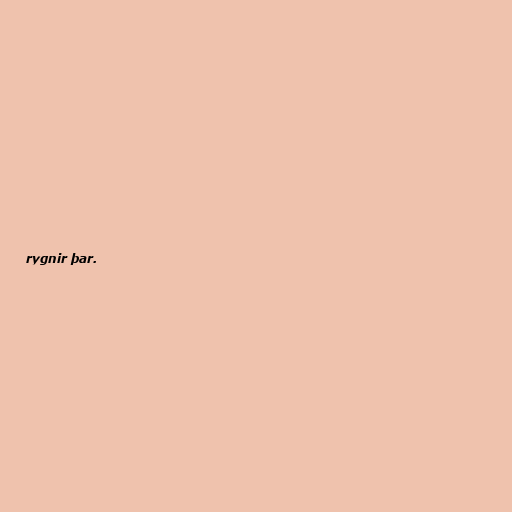
rygnir þar.